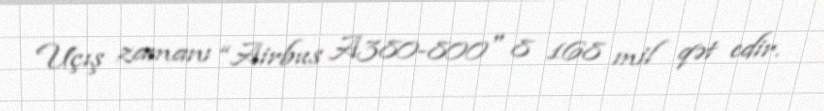
Uçış zamanı “Airbus A380-800" 8 168 mil qət edir.